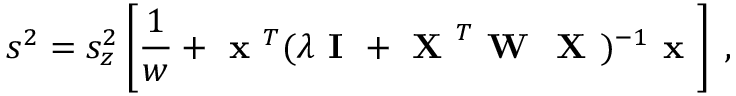
s ^ { 2 } = s _ { z } ^ { 2 } \left[ \frac { 1 } { w } + \textbf { x } ^ { T } ( \lambda \textbf { I } + \textbf { X } ^ { T } \textbf { W } \textbf { X } ) ^ { - 1 } \textbf { x } \right] \: ,